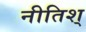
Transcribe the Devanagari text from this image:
नीतिश्